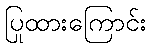
ပြုထားကြောင်း